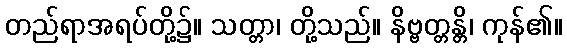
တည်ရာအရပ်တို့၌။ သတ္တာ၊ တို့သည်။ နိဗ္ဗတ္တန္တိ၊ ကုန်၏။